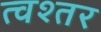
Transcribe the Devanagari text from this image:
त्वश्तर